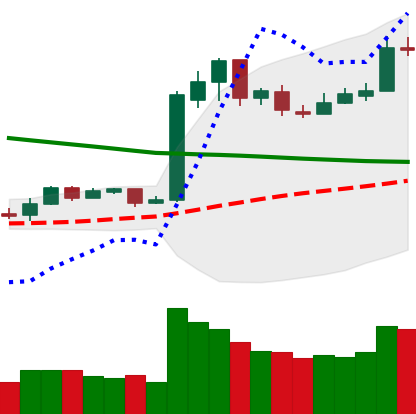
Ticker: LTC-USD
Chart end date: 2019-02-19
Forward return: -6.656%
Label: down_5_7